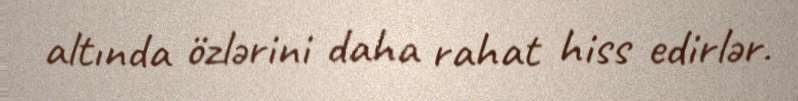
altında özlərini daha rahat hiss edirlər.